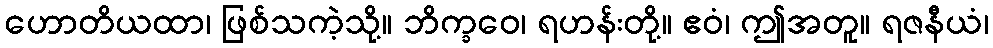
ဟောတိယထာ၊ ဖြစ်သကဲ့သို့။ ဘိက္ခဝေ၊ ရဟန်းတို့။ ဧဝံ၊ ဤအတူ။ ရဇနီယံ၊